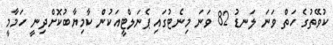
ކުވޭތުގެ ހަތް ވަނަ ލަނޑު 82 ވަނަ މިނެޓުގައި ޕެނަލްޓީއަކުން ކާމިޔާބުކޮށްދިނީ ހަމާމީ